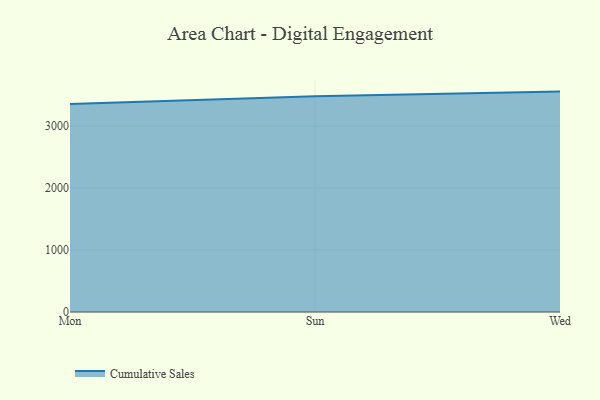
{"axis": {"x": "Day", "y": "Waste Production (Tons)"}, "legend": ["Cumulative Sales"], "data": [{"x": "Mon", "y": 3353.9, "type": "Cumulative Sales"}, {"x": "Sun", "y": 3481.3, "type": "Cumulative Sales"}, {"x": "Wed", "y": 3555.4, "type": "Cumulative Sales"}]}